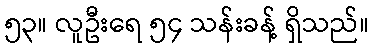
၅၃။ လူဦးရေ ၅၄ သန်းခန့် ရှိသည်။